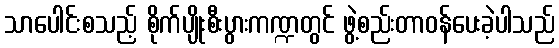
သာပေါင်းစသည့် စိုက်ပျိုးစီးပွားကဏ္ဍတွင် ဖွဲ့စည်းတာဝန်ပေးခဲ့ပါသည်